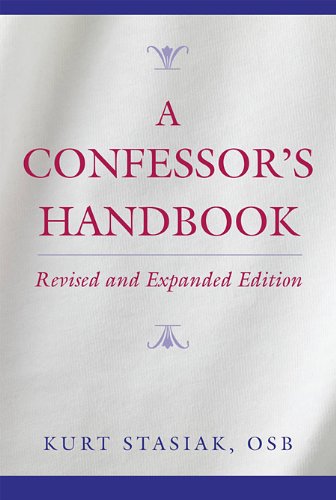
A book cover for A Confessor's Handbook: Revised and Expanded Edition; Kurt Stasiak OSB; Biographies & Memoirs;